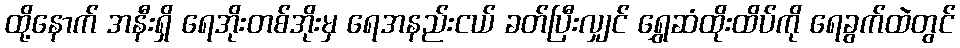
ထို့နောက် အနီးရှိ ရေအိုးတစ်အိုးမှ ရေအနည်းငယ် ခတ်ပြီးလျှင် ရွှေဆံထိုးထိပ်ကို ရေခွက်ထဲတွင်